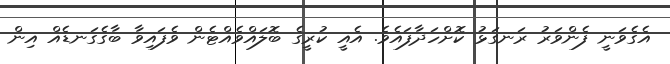
އެގެވަނީ ފެންވަރު ރަނގަޅު ކޮށްހަދާފައެވެ. އެއީ ކުރީގެ ބޮލައްވެއްޓެން ވެފައިވާ ބާގެގަނޑެއް އިން